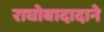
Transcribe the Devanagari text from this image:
राघोबादादाने